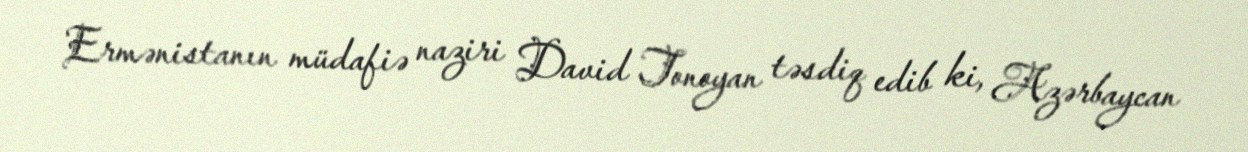
Ermənistanın müdafiə naziri David Tonoyan təsdiq edib ki, Azərbaycan